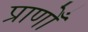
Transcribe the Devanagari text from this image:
प्राणोँ